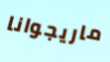
ماريجوانا